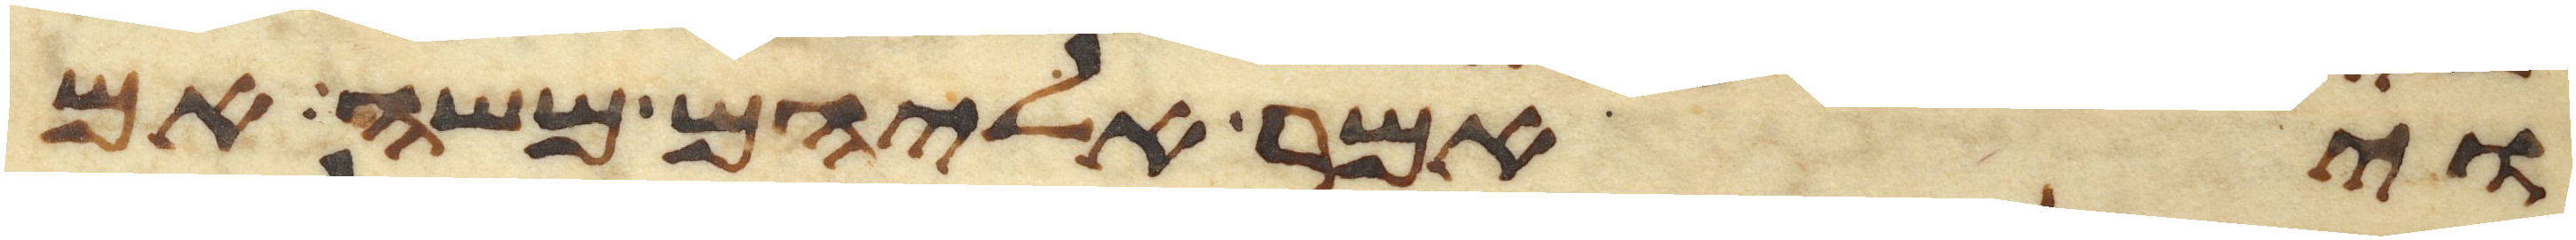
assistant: ויאמר אליהם משה אם